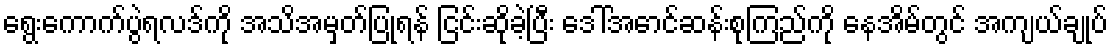
ရွေးကောက်ပွဲရလဒ်ကို အသိအမှတ်ပြုရန် ငြင်းဆိုခဲ့ပြီး ဒေါ်အောင်ဆန်းစုကြည်ကို နေအိမ်တွင် အကျယ်ချုပ်